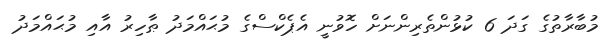
މުބާރާތުގެ ގަދަ 6 ކުޅުންތެރިންނަށް ހޮވުނީ އެޕެކްސްގެ މުޙައްމަދު ޠާހިރު އާއި މުޙައްމަދު